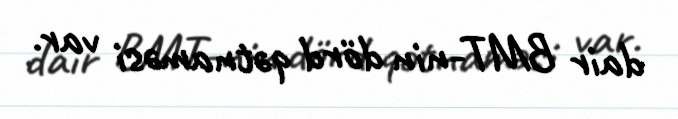
dair BMT-nin dörd qətnaməsi var.